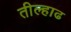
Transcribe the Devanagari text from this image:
तील्हाढ